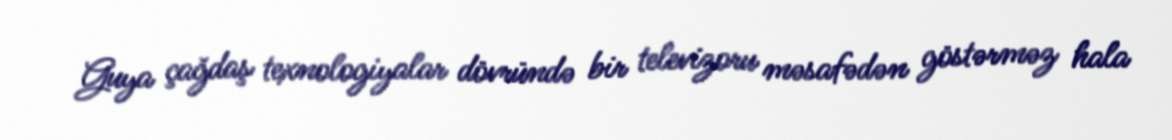
Guya çağdaş texnologiyalar dövründə bir televizoru məsafədən göstərməz hala